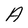
Character: A